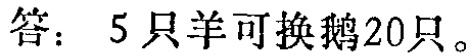
答：5只羊可换鹅20只。